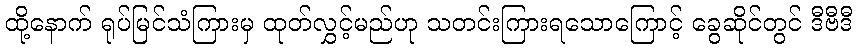
ထို့နောက် ရုပ်မြင်သံကြားမှ ထုတ်လွှင့်မည်ဟု သတင်းကြားရသောကြောင့် ခွေဆိုင်တွင် ဒီဗီဒီ